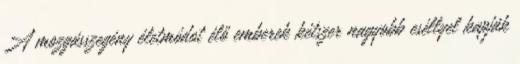
A mozgásszegény életmódot élő emberek kétszer nagyobb eséllyel kapják